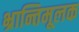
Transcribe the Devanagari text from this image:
भ्रान्तिमूलक